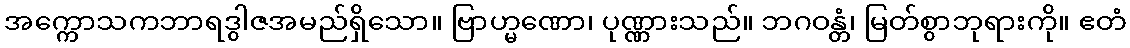
အက္ကောသကဘာရဒွါဇအမည်ရှိသော။ ဗြာဟ္မဏော၊ ပုဏ္ဏားသည်။ ဘဂဝန္တံ၊ မြတ်စွာဘုရားကို။ ဧတံ